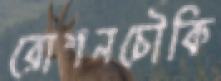
রোশনচৌকি